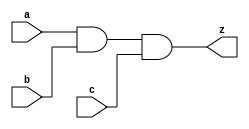
// This program was cloned from: https://github.com/aolofsson/oh
// License: MIT License

//#############################################################################
//# Function: 3 Input And Gate                                                #
//#                                                                           #
//# Copyright: OH Project Authors. ALl rights Reserved.                       #
//# License:  MIT (see LICENSE file in OH repository)                         # 
//#############################################################################

module oh_and3 #(parameter DW = 1 ) // array width
   (
    input [DW-1:0]  a,
    input [DW-1:0]  b,
    input [DW-1:0]  c, 
    output [DW-1:0] z
    );
   
   assign z = a & b & c;
   
endmodule